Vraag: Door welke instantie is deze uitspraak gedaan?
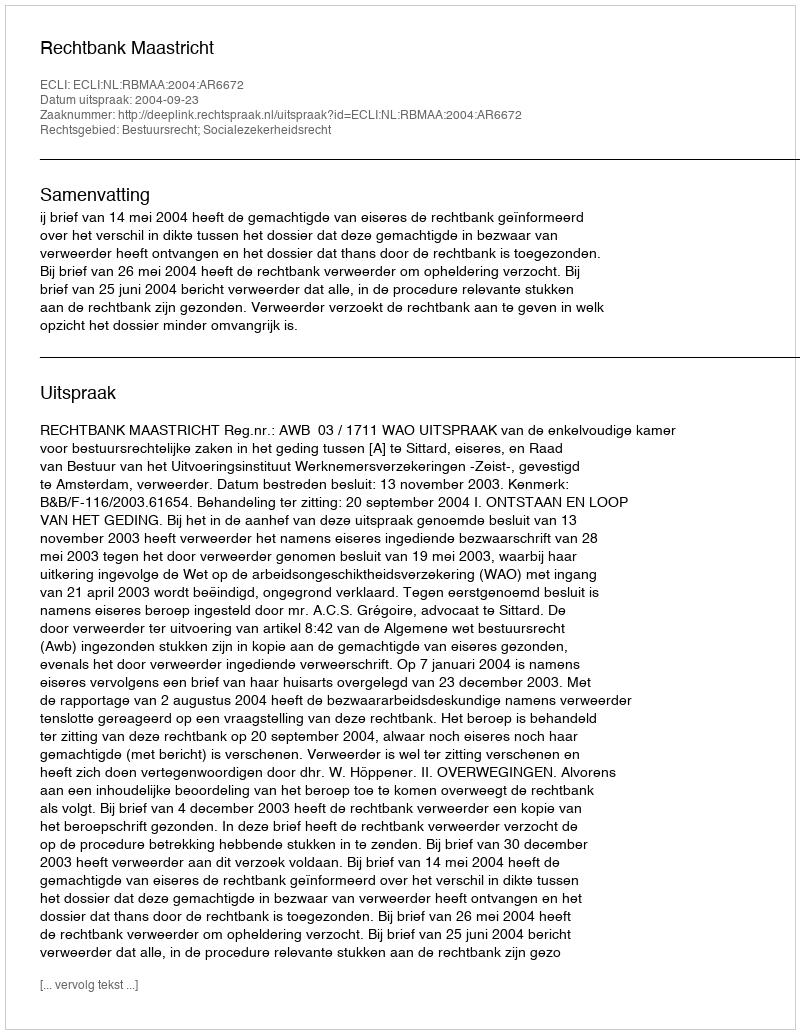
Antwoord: Rechtbank Maastricht